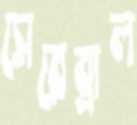
সেরেব্রাল